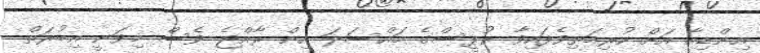
އިންޑިއާ އަށް ކުރިމަތިވެފައިވާ ރުޕީސްގެ މައްސަލަ އިން ރާއްޖެ ވެސް މިވަނީ އިބުރަތް